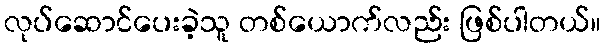
လုပ်ဆောင်ပေးခဲ့သူ တစ်ယောက်လည်း ဖြစ်ပါတယ်။